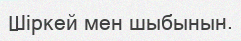
Шіркей мен шыбынын.